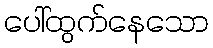
ပေါ်ထွက်နေသော